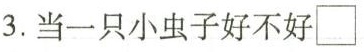
3.当一只小虫子好不好\Box